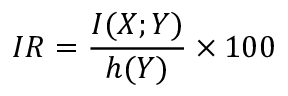
I R = \frac { I ( \boldsymbol { X } ; Y ) } { h ( Y ) } \times 1 0 0 \